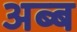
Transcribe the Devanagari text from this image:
अब्ब